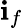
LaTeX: \mathbf{i}_{f}